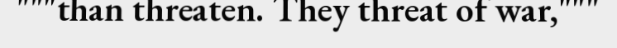
"""than threaten. They threat of war,"""